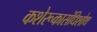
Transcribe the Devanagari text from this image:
कशेरूकासंधिशोथ